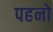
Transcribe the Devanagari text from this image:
पहनो